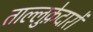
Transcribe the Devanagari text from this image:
ताल्लुक़ेदारों